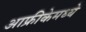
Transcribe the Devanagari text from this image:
आफ्रीकेमध्ये